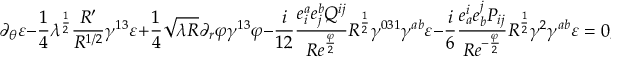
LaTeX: \partial _ { \theta } \varepsilon - { \frac { 1 } { 4 } } \lambda ^ { \frac { 1 } { 2 } } { \frac { R ^ { \prime } } { R ^ { 1 / 2 } } } \gamma ^ { 1 3 } \varepsilon + { \frac { 1 } { 4 } } \sqrt { \lambda R } \partial _ { r } \varphi \gamma ^ { 1 3 } \varphi - { \frac { i } { 1 2 } } { \frac { e _ { i } ^ { a } e _ { j } ^ { b } Q ^ { i j } } { R e ^ { \frac { \varphi } { 2 } } } } R ^ { \frac { 1 } { 2 } } \gamma ^ { 0 3 1 } \gamma ^ { a b } \varepsilon - { \frac { i } { 6 } } { \frac { e _ { a } ^ { i } e _ { b } ^ { j } P _ { i j } } { R e ^ { - { \frac { \varphi } { 2 } } } } } R ^ { \frac { 1 } { 2 } } \gamma ^ { 2 } \gamma ^ { a b } \varepsilon = 0 ,